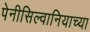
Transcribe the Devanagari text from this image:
पेनीसिल्वानियाच्या